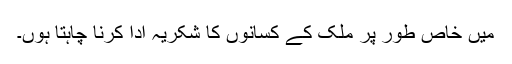
میں خاص طور پر ملک کے کسانوں کا شکریہ ادا کرنا چاہتا ہوں۔